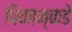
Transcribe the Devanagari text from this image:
पिकान्कडे